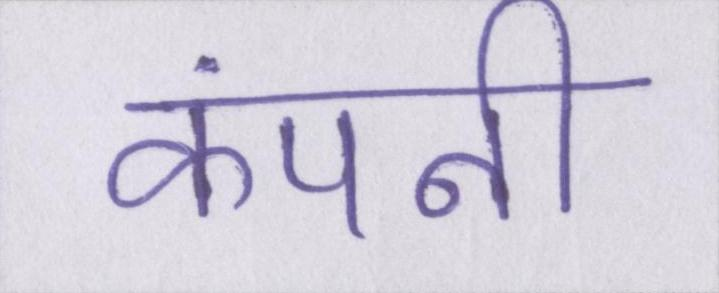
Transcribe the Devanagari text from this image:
कंपनी